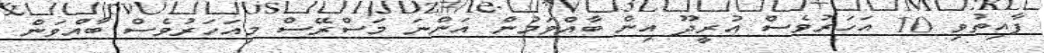
ފާއިތުވި 10 އަހަރުވެސް އުރީދޫ އިން ބާއްވަމުން އަންނަ މަސްރޭސް މިއަހަރުވެސް ބާއްވަން